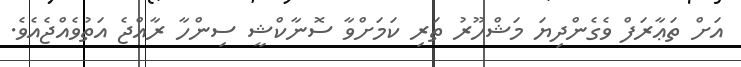
އަށް ތަޢާރަފް ވެގެންދިޔަ މަޝްހޫރު ތަރި ކަމަށްވާ ސޮނާކްޝީ ސިންހާ ރާއްޖެ އަތުވެއްޖެއެވެ.